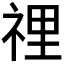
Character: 𥚃